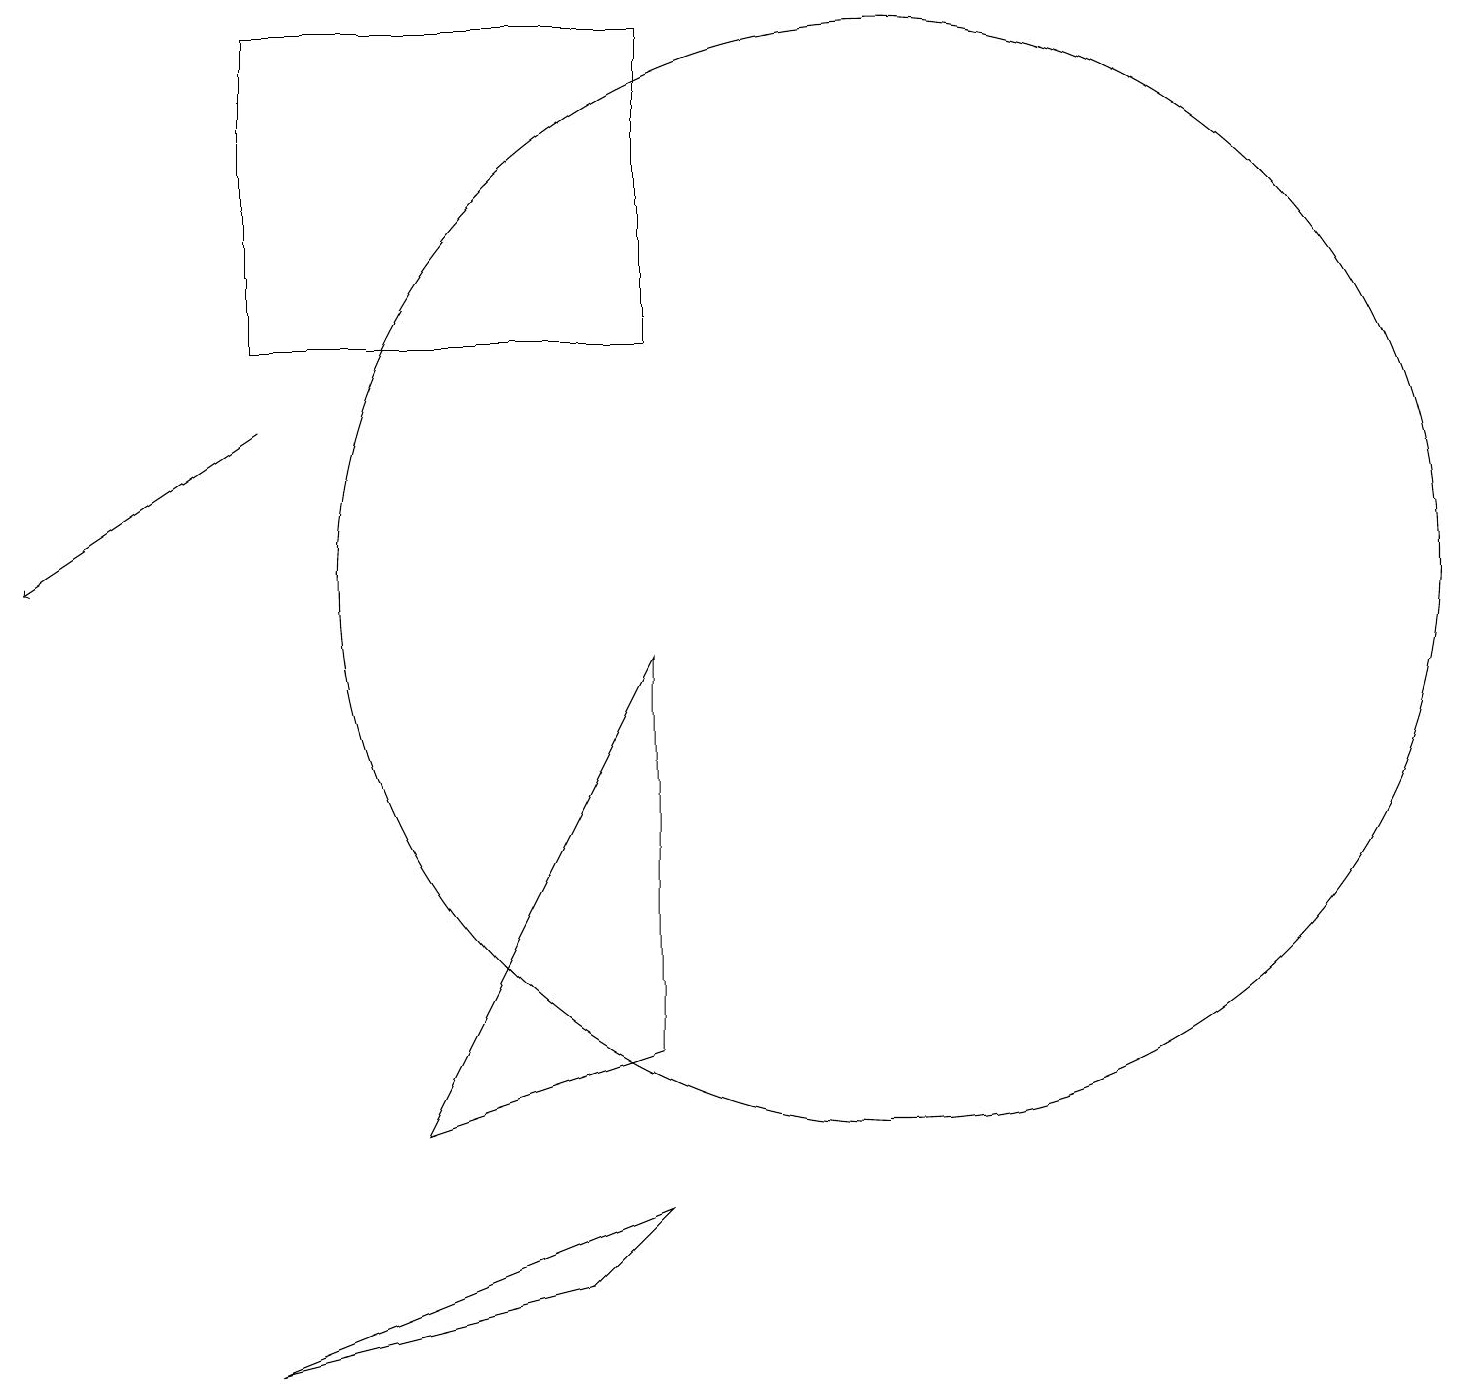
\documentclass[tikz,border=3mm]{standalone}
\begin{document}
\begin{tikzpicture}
\draw (8,13) rectangle (3,17);
\draw (7,1) -- (8,2) -- (3,0) -- cycle;
\draw (11,10) circle (7);
\draw (8,9) -- (8,4) -- (5,3) -- cycle;
\draw[->] (3,12) -- (0,10);
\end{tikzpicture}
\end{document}